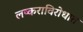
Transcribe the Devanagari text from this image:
लष्कराविरोधात